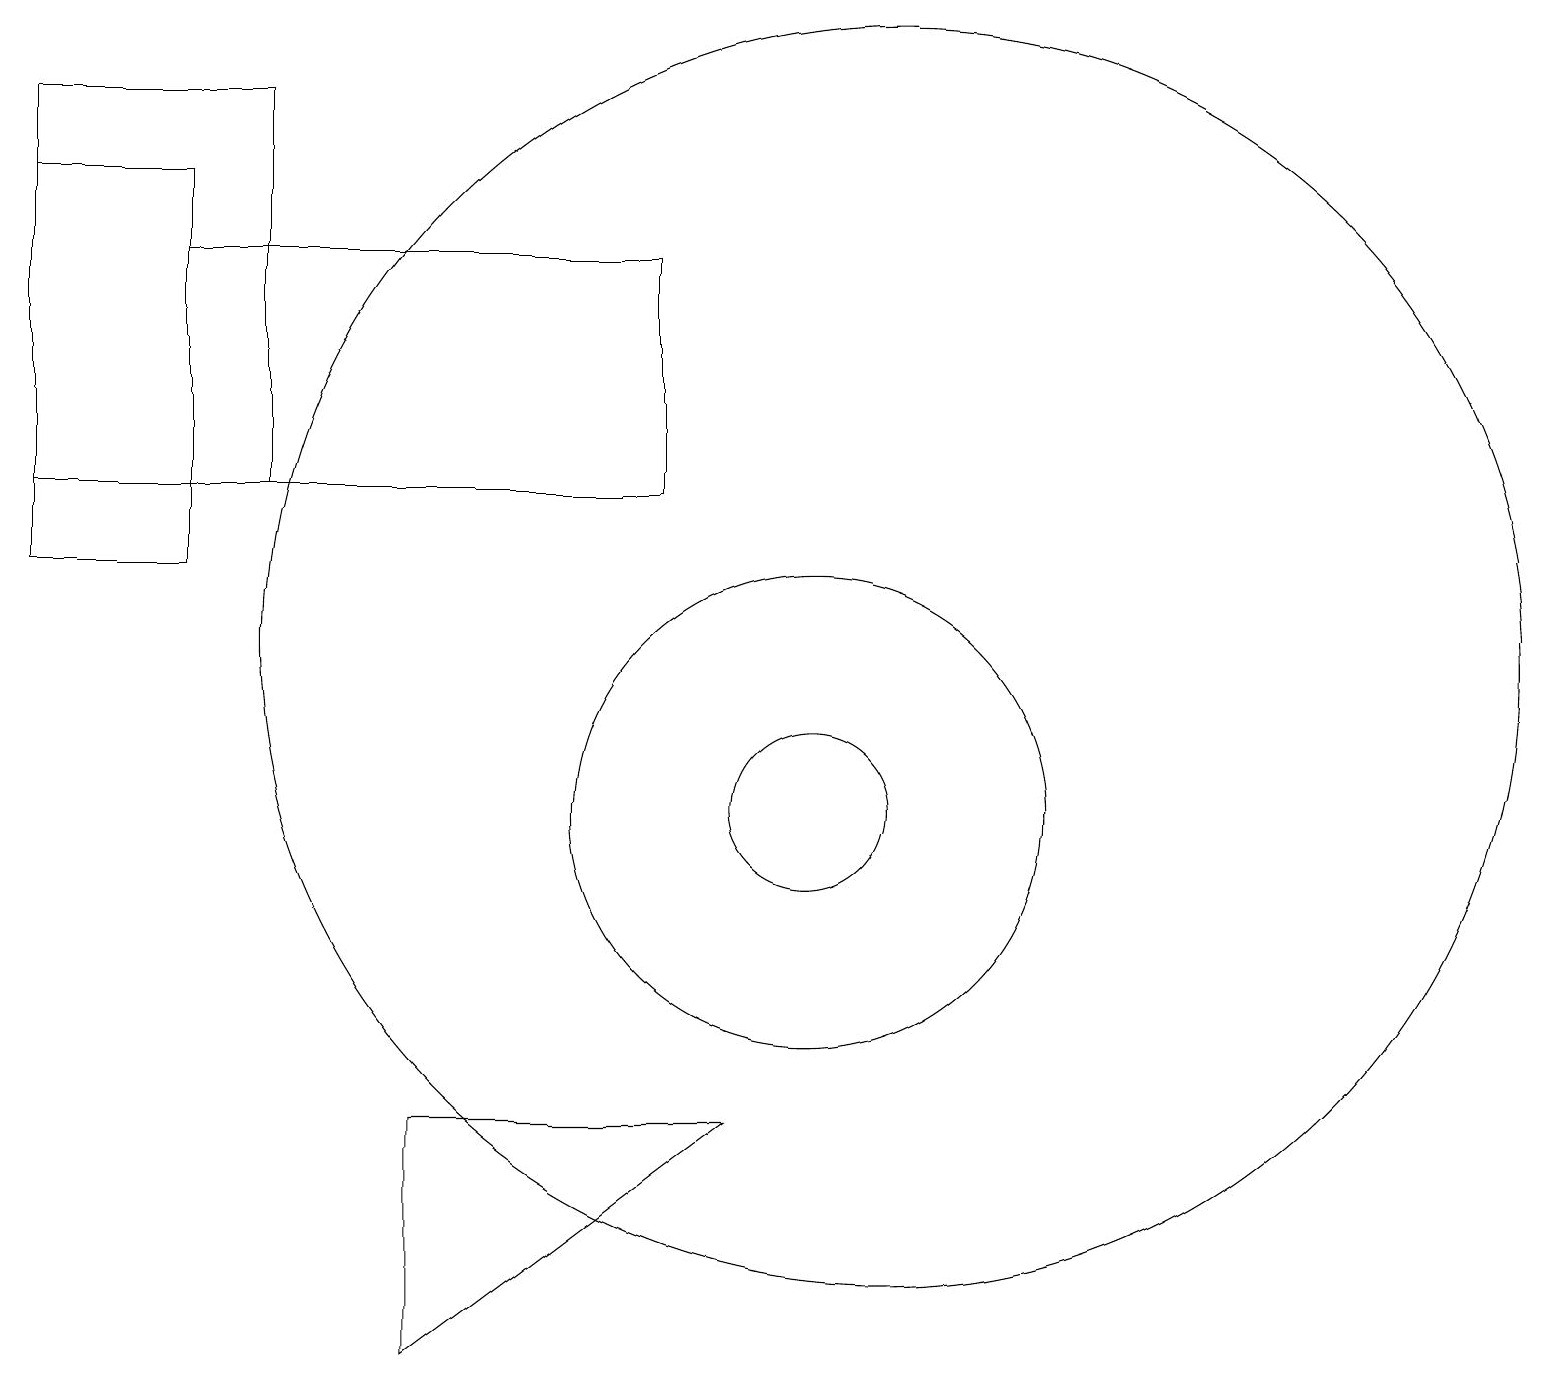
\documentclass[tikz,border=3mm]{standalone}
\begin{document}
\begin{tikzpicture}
\draw (5,6) -- (9,6) -- (5,3) -- cycle;
\draw (8,14) rectangle (2,17);
\draw (3,19) rectangle (0,14);
\draw (10,10) circle (3);
\draw (10,10) circle (1);
\draw (11,12) circle (8);
\draw (0,18) rectangle (2,13);
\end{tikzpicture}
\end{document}